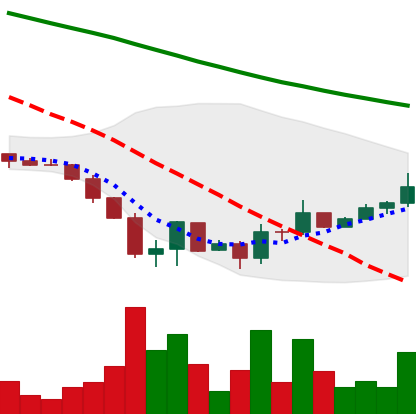
Ticker: DOGE-USD
Chart end date: 2022-06-26
Forward return: -9.569%
Label: down_7plus